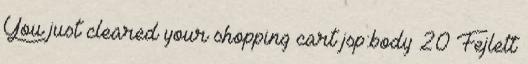
You just cleared your shopping cart jsp:body 20 Fejlett